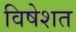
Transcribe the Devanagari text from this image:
विषेशत